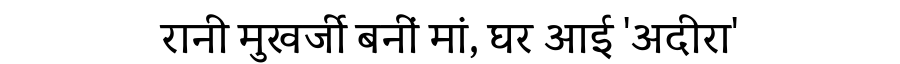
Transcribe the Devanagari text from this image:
रानी मुखर्जी बनीं मां, घर आई 'अदीरा'